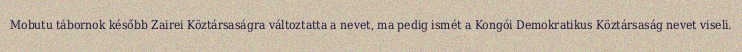
Mobutu tábornok később Zairei Köztársaságra változtatta a nevet, ma pedig ismét a Kongói Demokratikus Köztársaság nevet viseli.